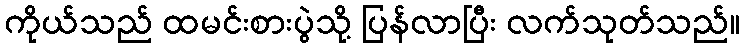
ကိုယ်သည် ထမင်းစားပွဲသို့ ပြန်လာပြီး လက်သုတ်သည်။